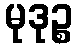
မုဒုဉ္စ